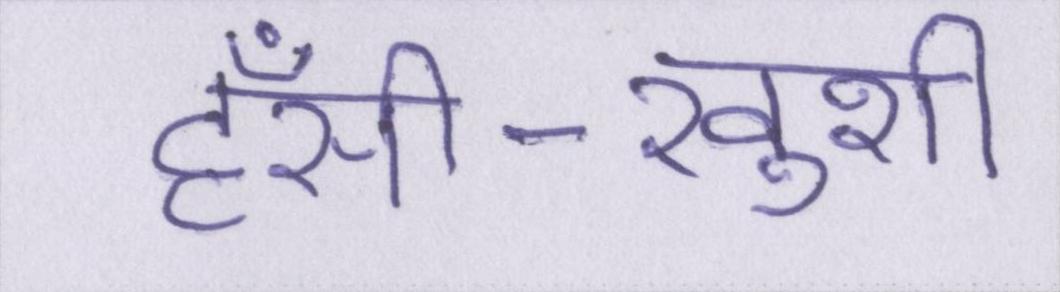
हँसी-खुशी